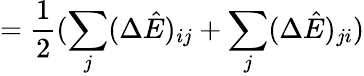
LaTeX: =\frac{1}{2}(\sum_{j}(\Delta\hat{E})_{ij}+\sum_{j}(\Delta\hat{E})_{ji})